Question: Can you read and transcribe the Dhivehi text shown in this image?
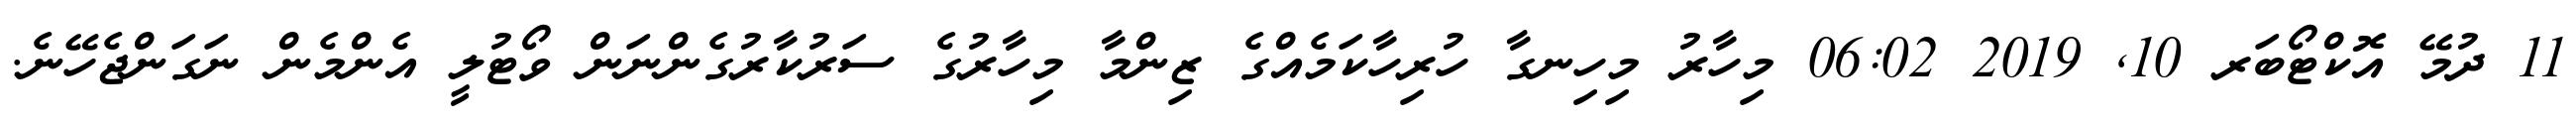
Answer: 11 ދުމޭ އޮކްޓޯބަރ 10, 2019 06:02 މިހާރު މިހިނގާ ހުރިހާކަމެއްގެ ޒިންމާ މިހާރުގެ ސަރުކާރުގެންނަން ވޯޓުލީ އެންމެން ނަގަންޖެހޭނެ.